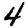
Digit: 4